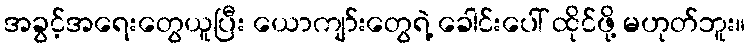
အခွင့်အရေးတွေယူပြီး ယောကျာ်းတွေရဲ့ ခေါင်းပေါ် ထိုင်ဖို့ မဟုတ်ဘူး။